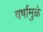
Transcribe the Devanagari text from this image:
वर्षामुळे